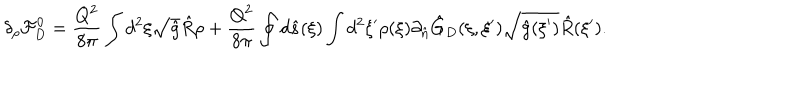
LaTeX: { \delta _ { \rho } } { \mathcal { F } _ { D } ^ { 0 } } = { \frac { Q ^ { 2 } } { 8 \pi } } \int { d ^ { 2 } } \xi \sqrt { \hat { g } } \hat { R } \rho + { \frac { Q ^ { 2 } } { 8 \pi } } \oint { d } \hat { s } ( \xi ) \int { d ^ { 2 } } \xi ^ { \prime } \rho ( \xi ) { \partial _ { \hat { n } } } { \hat { G } _ { D } } ( \xi , \xi ^ { \prime } ) \sqrt { \hat { g } ( \xi ^ { \prime } ) } \hat { R } ( \xi ^ { \prime } ) .